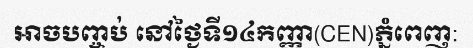
អាចបញ្ចប់ នៅថ្ងៃទី១៤កញ្ញា(CEN)ភ្នំពេញ: